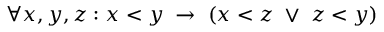
\forall x , y , z : x < y \; \to \; ( x < z \; \vee \; z < y )